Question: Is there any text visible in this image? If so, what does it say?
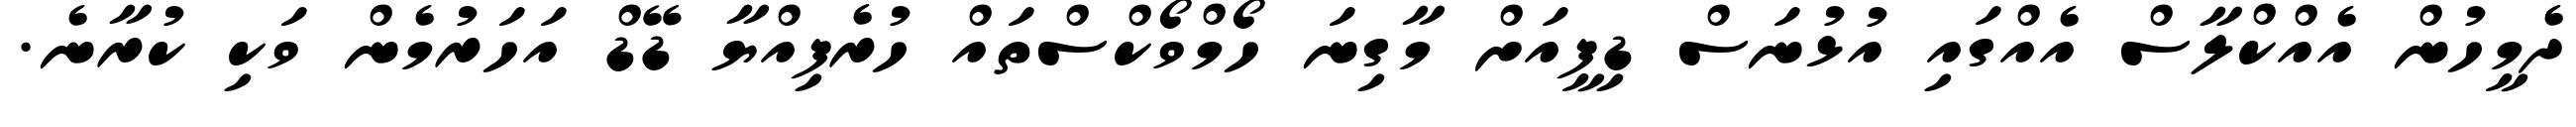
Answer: ދެމީހުން އެއްކްލާސް އެއްގައި އުޅުނަސް ޑިފީއަށް މާގިނަ ހޯމްވޯކްސްތައް ހުރެފިއްޔާ ޑޭޑް އަހަރުމެން ވަކި ކުރާނެ.